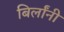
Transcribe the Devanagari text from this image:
बिर्लांनी